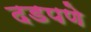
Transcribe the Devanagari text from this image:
दडपणे